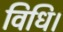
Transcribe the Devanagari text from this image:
विधि।